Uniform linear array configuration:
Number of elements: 24
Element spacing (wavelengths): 1
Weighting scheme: cosine
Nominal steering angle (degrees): -60
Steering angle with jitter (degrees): -61.388
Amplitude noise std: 0.05
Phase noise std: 0.05

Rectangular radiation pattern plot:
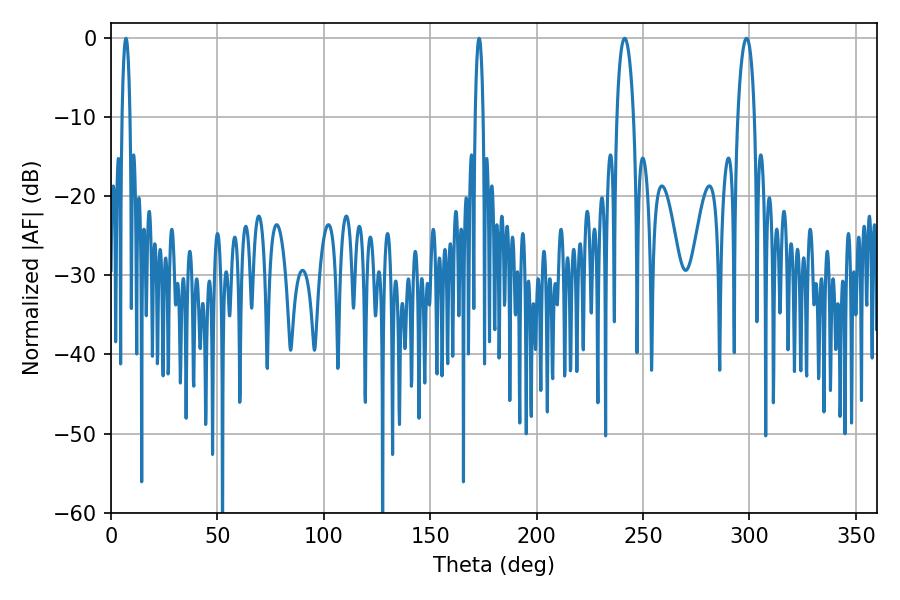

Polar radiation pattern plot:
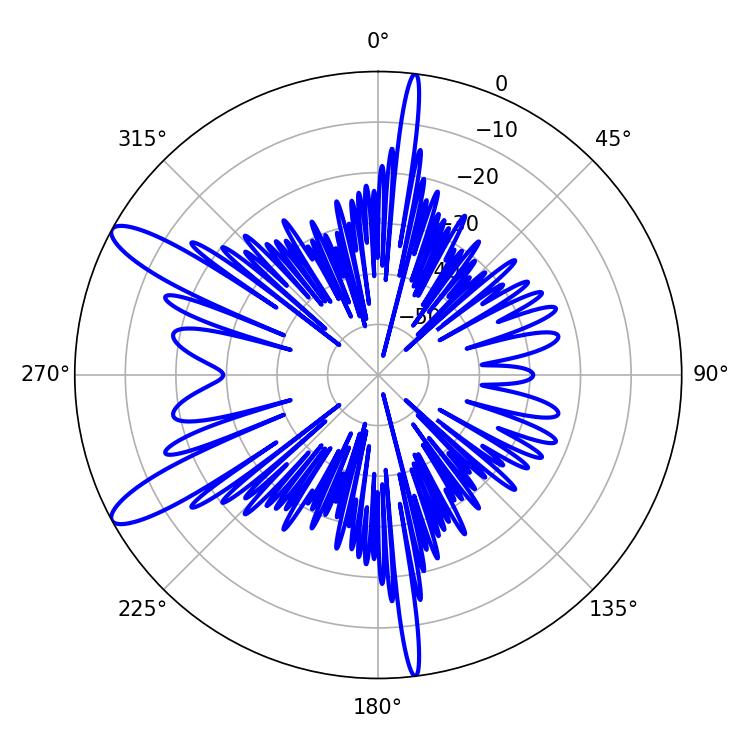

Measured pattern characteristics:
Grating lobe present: TRUE
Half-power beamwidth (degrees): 2.16
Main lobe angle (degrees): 172.98